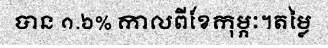
បាន ១.៦% កាលពីខែកុម្ភៈ។តម្លៃ